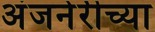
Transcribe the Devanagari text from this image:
अंजनेरीच्या